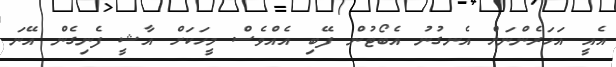
އެއީ އަހަރެންނަށް އެނގުނު އެބޯޓުން ފޭބި އެއްވެސް މީހަކަށް އާޝީ ފެނިގެން އޭނަ